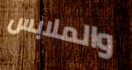
والملابس